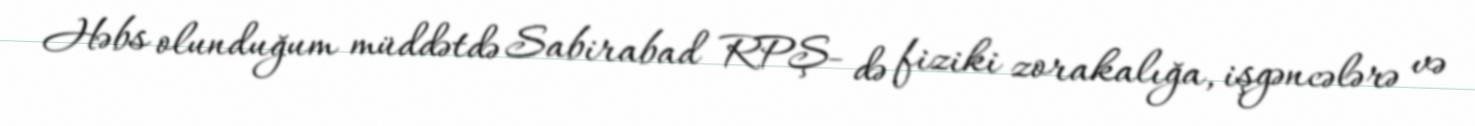
Həbs olunduğum müddətdə Sabirabad RPŞ- də fiziki zorakalığa, işgəncələrə və